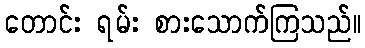
တောင်း ရမ်း စားသောက်ကြသည်။